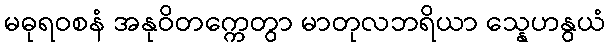
မဓုရဝစနံ အနုဝိတက္ကေတွာ မာတုလဘရိယာ သ္နေဟနွယံ